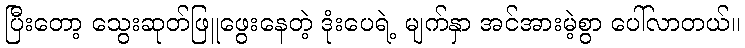
ပြီးတော့ သွေးဆုတ်ဖြူဖွေးနေတဲ့ ဒုံးပေရဲ့ မျက်နှာ အင်အားမဲ့စွာ ပေါ်လာတယ်။